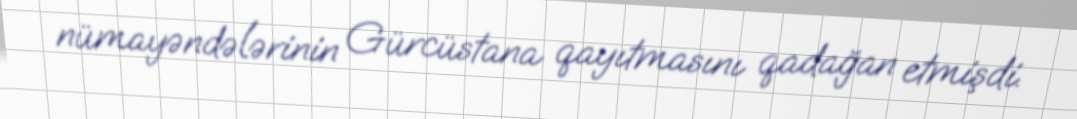
nümayəndələrinin Gürcüstana qayıtmasını qadağan etmişdi.